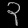
Digit: ၃